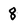
Character: 8